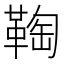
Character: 𩋃